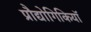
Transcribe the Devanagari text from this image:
प्रौद्योगिकियॉ